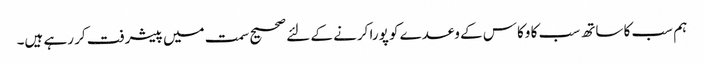
ہم سب کا ساتھ سب کا وکاس کے وعدے کو پورا کرنے کے لئے صحیح سمت میں پیشرفت کر رہے ہیں۔